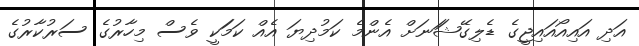
އަދި އައިއޯއައިޖީގެ ޑެލިގޭޝަަނަށް އެންމެ ކަމުދިޔަ އެއް ކަމަަކީ ވެސް މިހާރުގެ ސަރުކާރުގެ